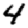
Digit: 4